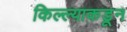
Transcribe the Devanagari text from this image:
किल्ल्याकडून